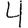
Digit: 4